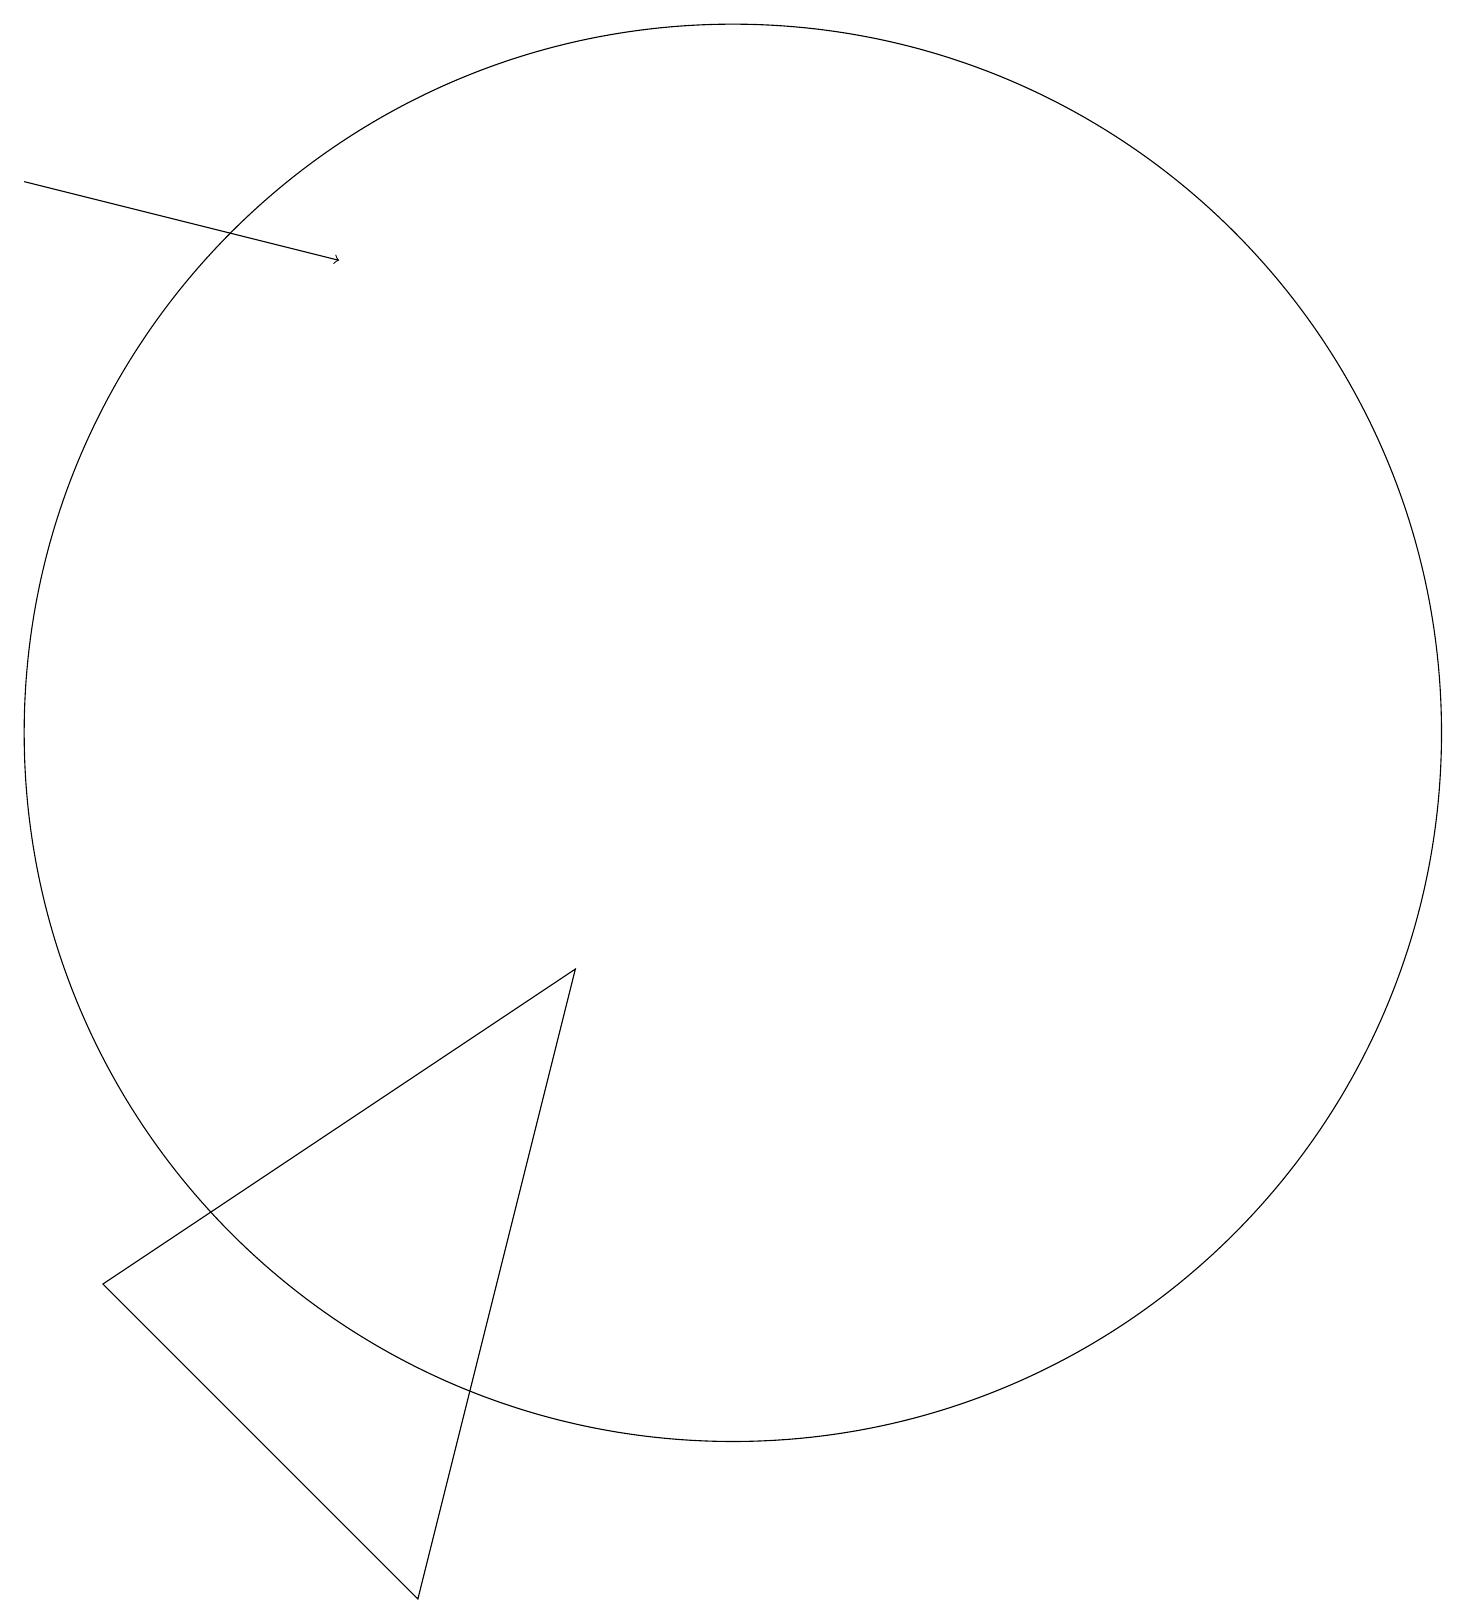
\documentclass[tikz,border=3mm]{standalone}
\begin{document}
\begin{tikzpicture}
\draw[->] (1,19) -- (5,18);
\draw (10,12) circle (9);
\draw (8,9) -- (2,5) -- (6,1) -- cycle;
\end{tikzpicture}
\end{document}